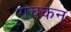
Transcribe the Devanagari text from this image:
गचकन